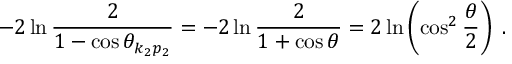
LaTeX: - 2 \ln \frac { 2 } { 1 - \cos \theta _ { k _ { 2 } p _ { 2 } } } = - 2 \ln \frac { 2 } { 1 + \cos \theta } = 2 \ln \left( \cos ^ { 2 } \frac { \theta } { 2 } \right) \; .